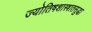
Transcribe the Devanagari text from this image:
ज्योतिषशास्त्रातसुद्धा